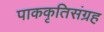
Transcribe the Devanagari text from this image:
पाककृतिसंग्रह